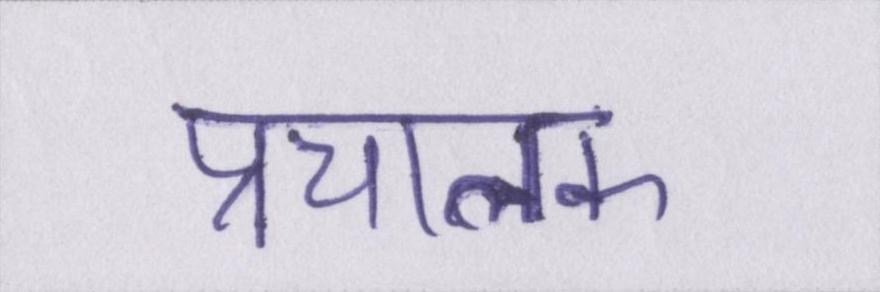
प्रचालक